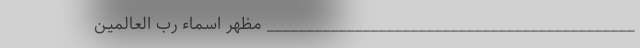
______________________________________________ مظهر اسماء رب العالمیـن